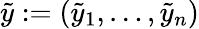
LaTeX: \tilde{y}:=(\tilde{y}_{1},\dots,\tilde{y}_{n})